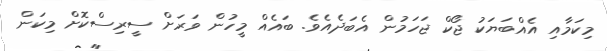
މިކަމާއި އެއްބަޔަކު ޖޯކް ޖަހަމުން އެބަދެއެވެ. ބައެއް މީހުން ވަރަށް ސީރިސްކޮށް މިކަން